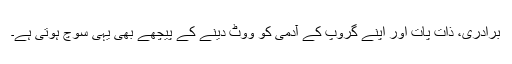
برادری، ذات پات اور اپنے گروپ کے آدمی کو ووٹ دینے کے پیچھے بھی یہی سوچ ہوتی ہے۔